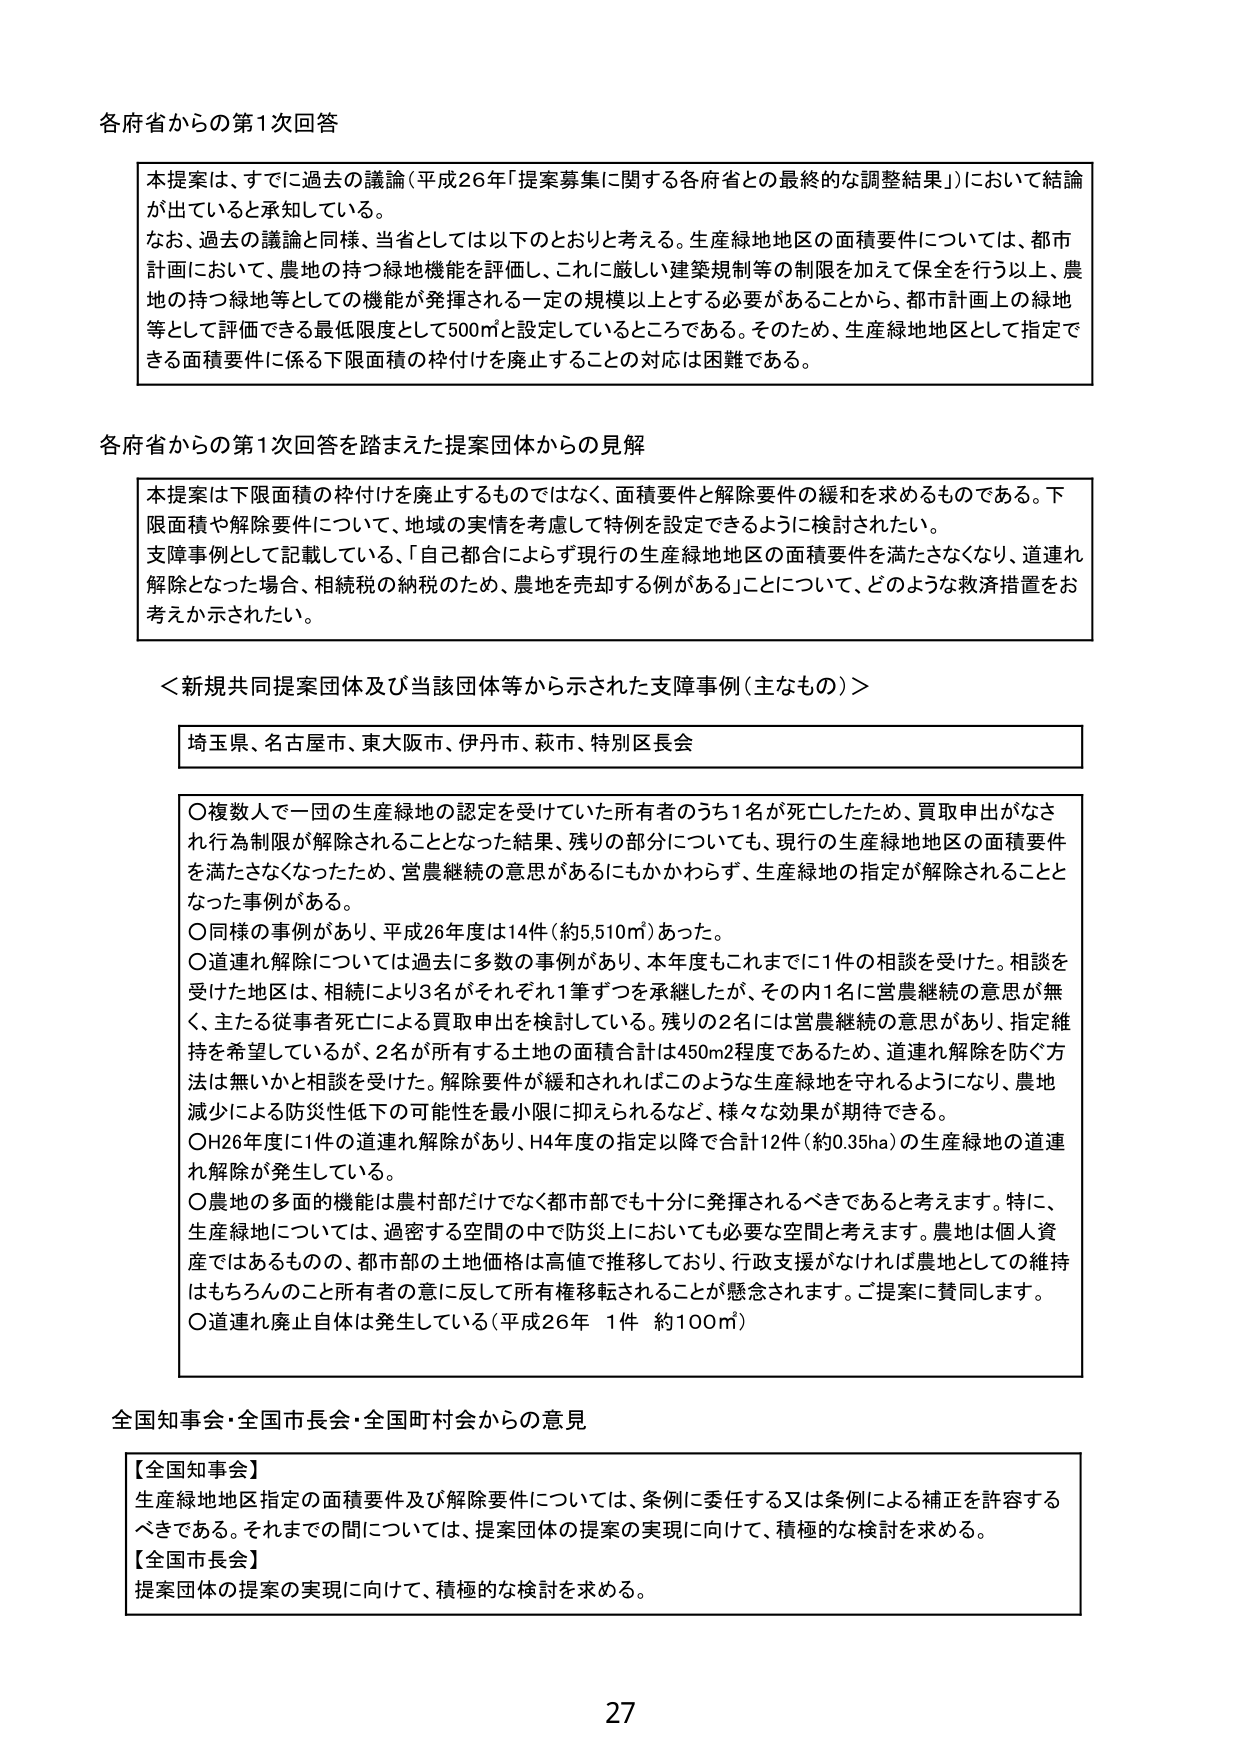
各府省からの第1次回答

本提案は、すでに過去の議論（平成26年「提案募集に関する各府省との最終的な調整結果」）において結論が出ていると承知している。
なお、過去の議論と同様、当省としては以下のとおりと考える。生産緑地地区の面積要件については、都市計画において、農地の持つ緑地機能を評価し、これに厳しい建築規制等の制限を加えて保全を行う以上、農地の持つ緑地等としての機能が発揮される一定の規模以上とする必要があることから、都市計画上の緑地等として評価できる最低限度として500㎡と設定しているところである。そのため、生産緑地地区として指定できる面積要件に係る下限面積の枠付けを廃止することの対応は困難である。

各府省からの第1次回答を踏まえた提案団体からの見解

本提案は下限面積の枠付けを廃止するものではなく、面積要件と解除要件の緩和を求めるものである。下限面積や解除要件について、地域の実情を考慮して特例を設定できるように検討されたい。
支障事例として記載している、「自己都合によりず現行の生産緑地地区の面積要件を満たさなくなり、道連れ解除となった場合、相続税の納税のため、農地を売却する例がある」ことについて、どのような救済措置をお考えか示されたい。

＜新規共同提案団体及び当該団体等から示された支障事例（主なもの）＞

埼玉県、名古屋市、東大阪市、伊丹市、萩市、特別区長会

○複数人で一団の生産緑地の認定を受けていた所有者のうち1名が死亡したため、買取申出がなされ行為制限が解除されることとなった結果、残りの部分についても、現行の生産緑地地区の面積要件を満たさなくなったため、営農継続の意思があるにもかかわらず、生産緑地の指定が解除されたこととなった事例がある。
○同様の事例があり、平成26年度は14件（約5,510㎡）あった。
○道連れ解除については過去に多数の事例があり、本年度もこれまでに1件の相談を受けた。相談を受けた地区は、相続により3名がそれぞれ1筆ずつを承継したが、その内1名に営農継続の意思が無く、主たる従事者死亡による買取申出を検討している。残りの2名には営農継続の意思があり、指定維持を希望しているが、2名が所有する土地の面積合計は450㎡程度であるため、道連れ解除を防ぐ方法は無いとかと相談を受けた。解除要件が緩和されればこのような生産緑地を守れるようになり、農地減少による防災性低下の可能性を最小限に抑えられるなど、様々な効果が期待できる。
○H26年度に1件の道連れ解除があり、H4年度の指定以降で合計12件（約0.35ha）の生産緑地の道連れ解除が発生している。
○農地の多面的機能は農村部だけでなく都市部でも十分に発揮されるべきであると考えます。特に、生産緑地については、過密する空間の中で防災上においても必要な空間と考えます。農地は個人資産ではあるものの、都市部の土地価格は高値で推移しており、行政支援がなければ農地としての維持はもちろんのこと所有者の意に反して所有権移転されることが懸念されます。ご提案に賛同します。
○道連れ廃止自体は発生している（平成26年 1件 約100㎡）

全国知事会・全国市長会・全国町村会からの意見

【全国知事会】
生産緑地地区指定の面積要件及び解除要件については、条例に委任する又は条例による補正を許容するべきである。それまでの間については、提案団体の提案の実現に向けて、積極的な検討を求める。
【全国市長会】
提案団体の提案の実現に向けて、積極的な検討を求める。

27